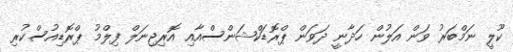
ކޫލީ ނަމްބަރު ވަން އަލުން ހަދާނީ ދަވަން ޕްރޮޑަކްޝަންސްއާއި އޮރިޖިނަލް ފިލްމު ޕްރޮޑިއުސްކުރި